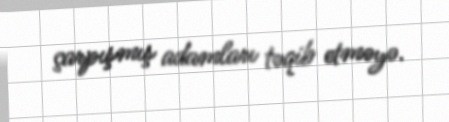
çarpışmış adamları təqib etməyə.